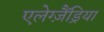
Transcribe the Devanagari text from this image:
एलेग्ज़ैंड्रिया